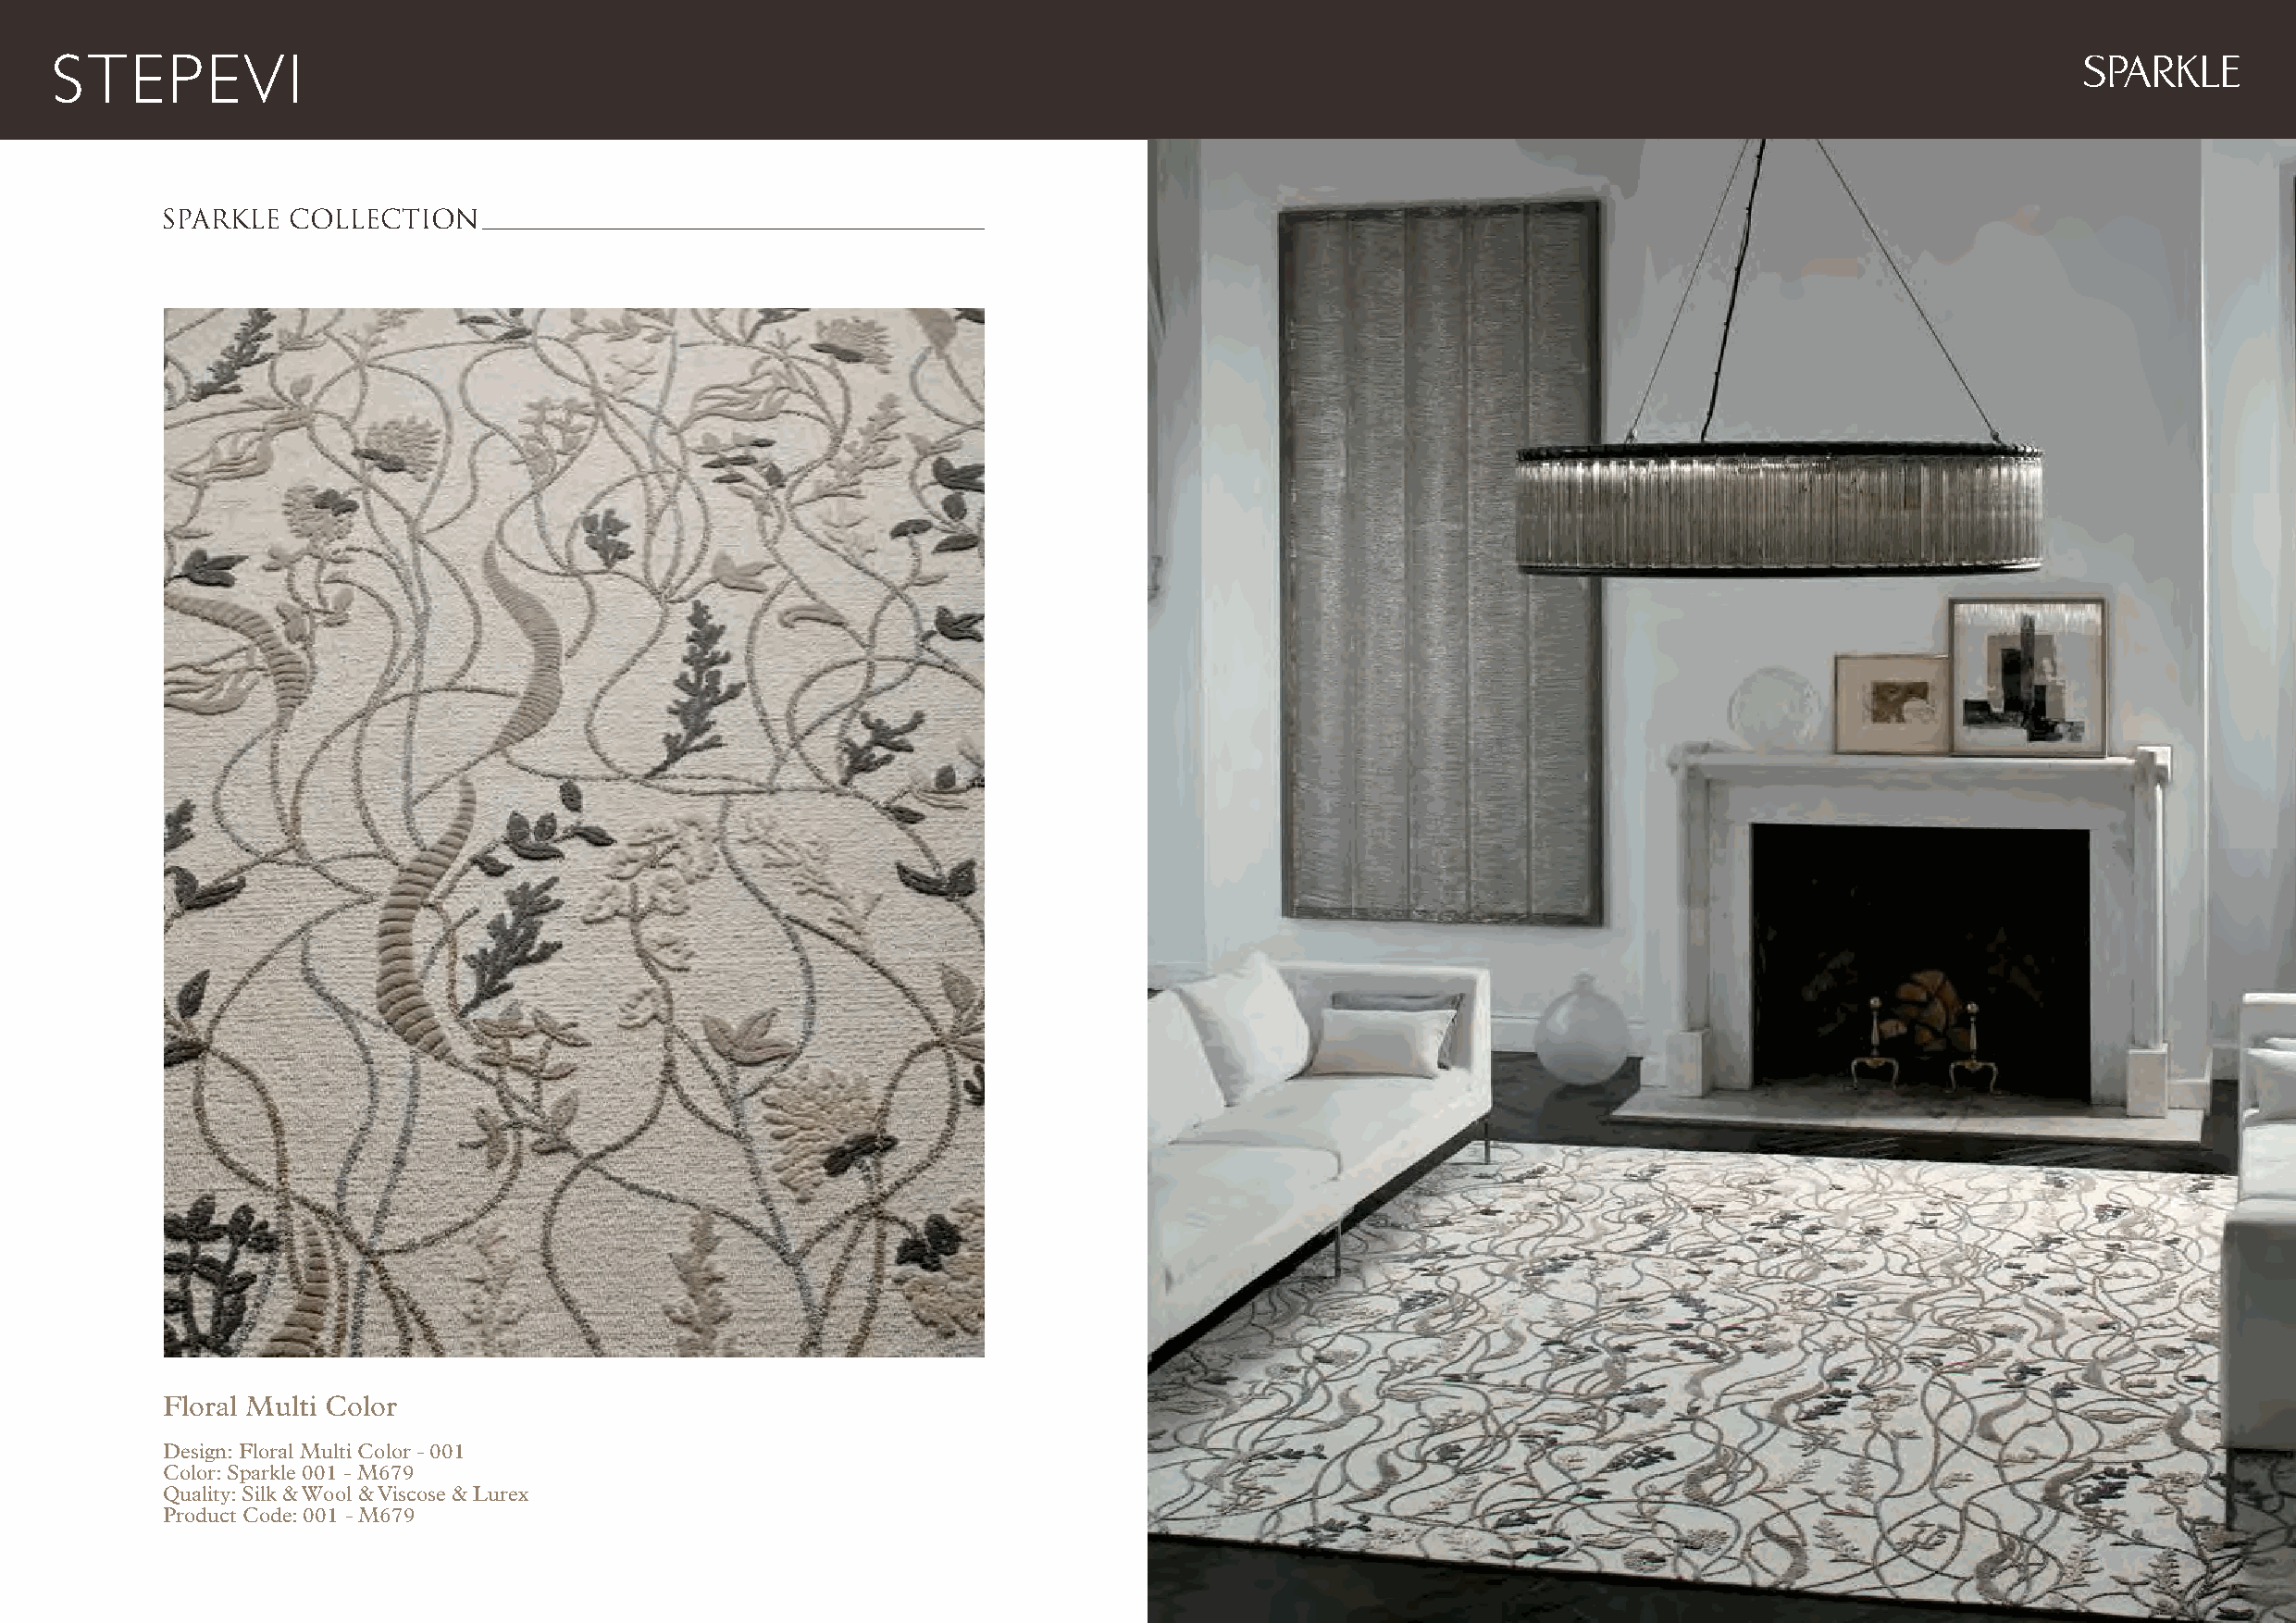
SPARKLE
 SPARKLE  COLLECTION
 Floral Multi Color
 Design: Floral Multi Color - 001
 Color: Sparkle 001 - M679
 Quality: Silk & Wool & Viscose & Lurex
 Product Code: 001 - M679